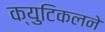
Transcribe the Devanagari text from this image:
क्युटिकलने